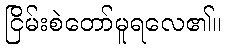
ငြိမ်းစဲတော်မူရလေ၏။